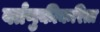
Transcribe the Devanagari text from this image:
वर्तणुकीकरिता